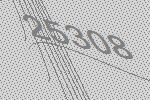
25308